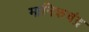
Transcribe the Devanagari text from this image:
मानिकचंद्र